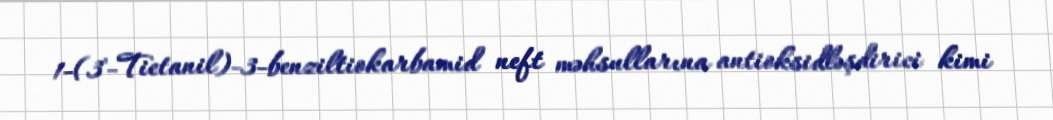
1-(3'-Tietanil)-3-benziltiokarbamid neft məhsullarına antioksidləşdirici kimi